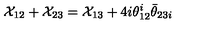
{ \cal X } _ { 1 2 } + { \cal X } _ { 2 3 } = { \cal X } _ { 1 3 } + 4 i \theta _ { 1 2 } ^ { i } \bar { \theta } _ { 2 3 i }